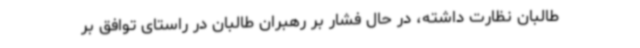
طالبان نظارت داشته، در حال فشار بر رهبران طالبان در راستای توافق بر